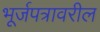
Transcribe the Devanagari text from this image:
भूर्जपत्रावरील